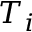
T _ { i }